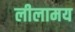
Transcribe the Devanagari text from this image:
लीलामय